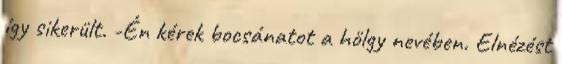
így sikerült. -Én kérek bocsánatot a hölgy nevében. Elnézést